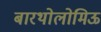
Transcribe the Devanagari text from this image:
बारथोलोमिऊ